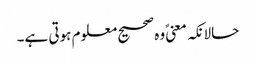
حالانکہ معنیً وہ صحیح معلوم ہوتی ہے۔